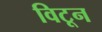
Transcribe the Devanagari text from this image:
विटून